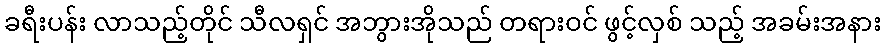
ခရီးပန်း လာသည့်တိုင် သီလရှင် အဘွားအိုသည် တရားဝင် ဖွင့်လှစ် သည့် အခမ်းအနား